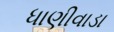
ધાણીવાડા